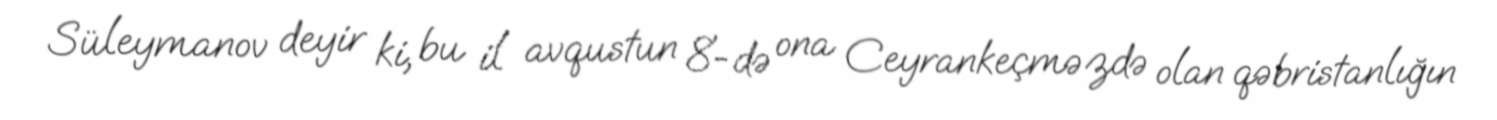
Süleymanov deyir ki, bu il avqustun 8-də ona Ceyrankeçməzdə olan qəbristanlığın